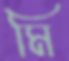
মি